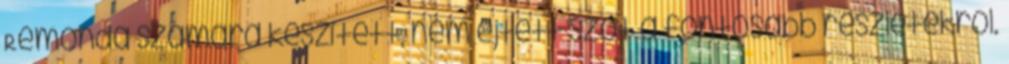
Remonda számára készített, nem ejtett szót a fontosabb részletekről.